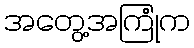
အတွေ့အကြုံက